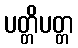
ပတ္တိပတ္တ